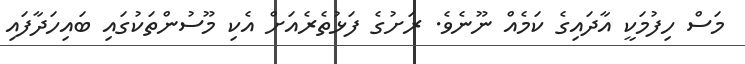
މަސް ހިފުމަކީ އާދައިގެ ކަމެއް ނޫނެވެ. ރަށުގެ ފަޅުތެރެއަށް އެކި މޫސުންތަކުގައި ބައިހަދާފައި